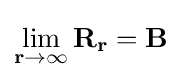
\mathbf {\lim _{r\to \infty }R_{r}} =\mathbf {B}